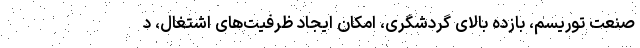
صنعت توریسم، بازده بالای گردشگری، امکان ایجاد ظرفیت‌های اشتغال، د